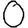
Digit: 0